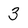
Character: 3